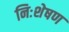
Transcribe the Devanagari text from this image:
निःशेषण